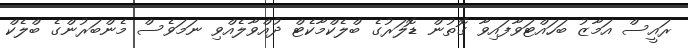
ރައީސް އަމާޒު ބަހައްޓަވާފައިވާ ގޮތުން ޑޮލަރުގެ ބްލެކްމާކެޓް ދުއްވާލެއްވި ނަމަވެސް މެންބަރުންގެ ބްލެކް